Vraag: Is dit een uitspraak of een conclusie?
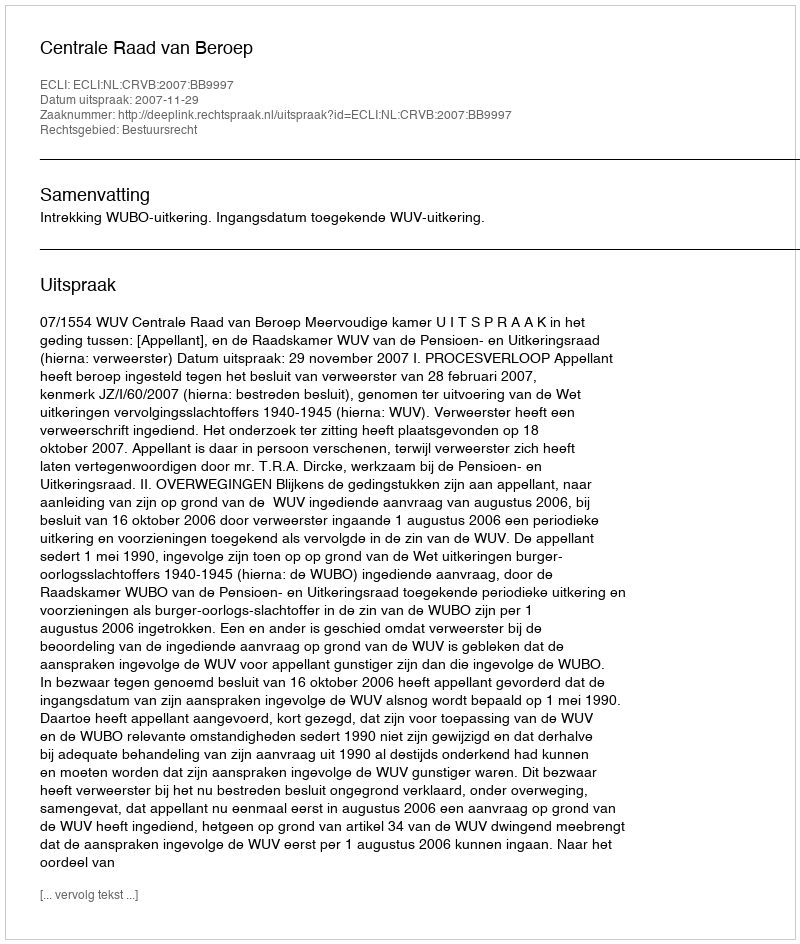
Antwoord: Uitspraak